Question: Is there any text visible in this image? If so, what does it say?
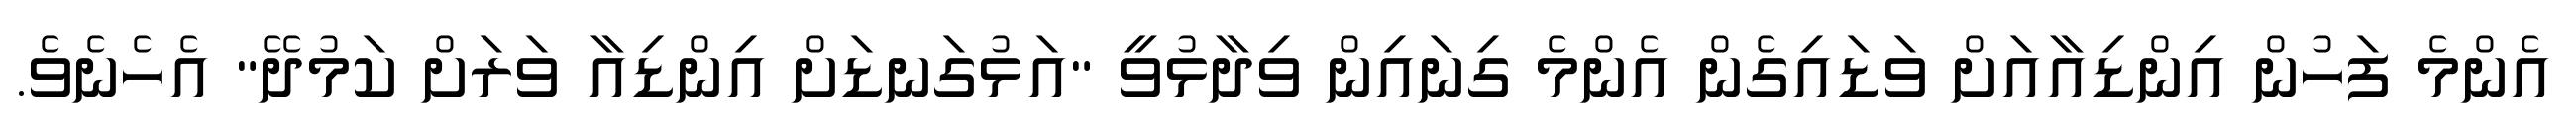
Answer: އެންމެ ފަހުން އިންޑިއާއަށް ވަޑައިގެން އެންމެ ގިނައިން ވިދާޅުވީ "އަޅުގަނޑަށް އިންޑިއާ ވަރަށް ކަމުދޭ" އެހެނެވެ.